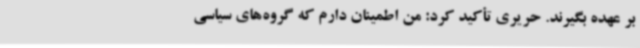
بر عهده بگیرند. حریری تأکید کرد: من اطمینان دارم که گروه‌های سیاسی